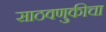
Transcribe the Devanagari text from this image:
साठवणुकीचा